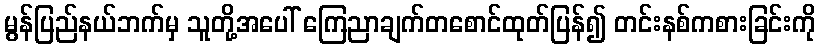
မွန်ပြည်နယ်ဘက်မှ သူတို့အပေါ် ကြေညာချက်တစောင်ထုတ်ပြန်၍ တင်းနစ်ကစားခြင်းကို